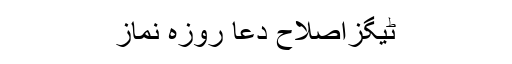
ٹیگزاصلاح دعا روزہ نماز